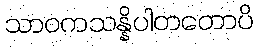
သာဝကသန္နိပါတတောပိ